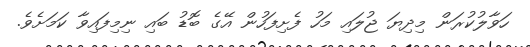
ހަވާލުކުރަން މިދިޔަ ޖުލައި މަހު ފެށިފަހުން އޭގެ ބޮޑު ބައި ނިމިފައިވާ ކަމަށެވެ.